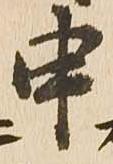
申